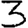
Digit: 3